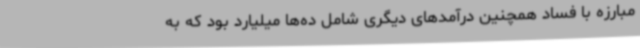
مبارزه با فساد همچنین درآمدهای دیگری شامل ده‌ها میلیارد بود که به